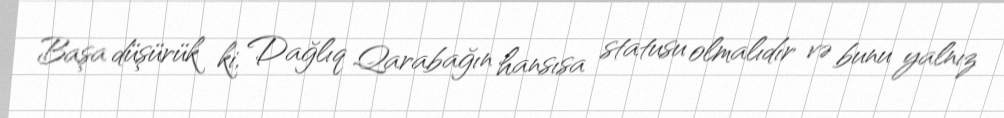
Başa düşürük ki, Dağlıq Qarabağın hansısa statusu olmalıdır və bunu yalnız